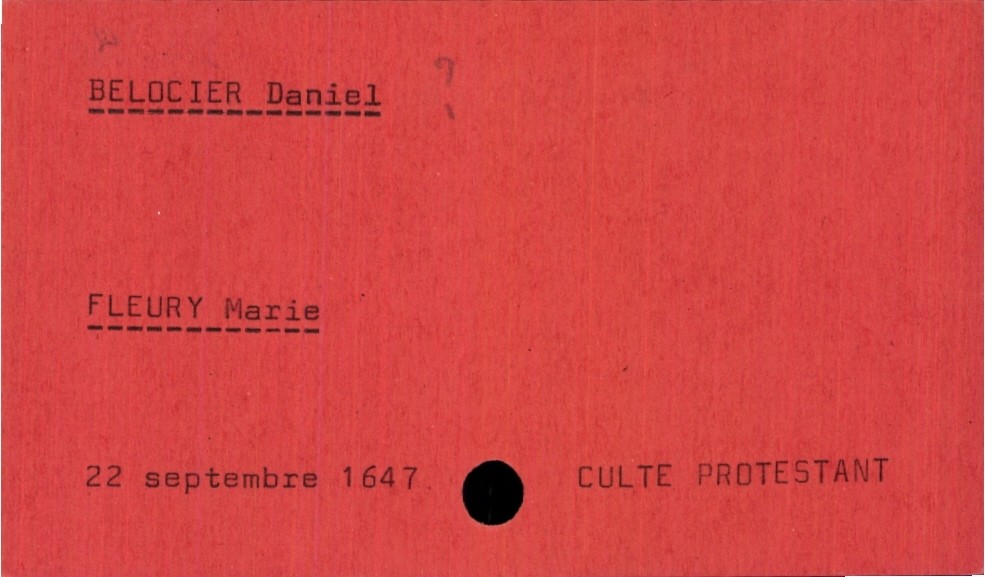
type_acte: Mariage
année: 1647
mois: septembre
jour: 22
observations: Culte protestant
marié_nom: Belocier
marié_prénom: Daniel
mariée_nom: Fleury
mariée_prénom: Marie